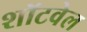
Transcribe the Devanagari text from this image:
शॉटवेल